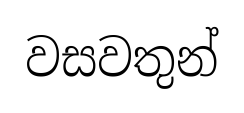
වසවතුන්